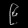
Digit: ၉